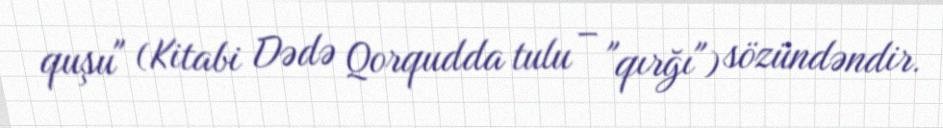
quşu" (Kitabi Dədə Qorqudda tulu – "qırğı") sözündəndir.